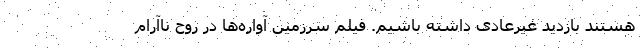
هستند بازدید غیرعادی داشته باشیم. فیلم سرزمین آواره‌ها در روح ناآرام